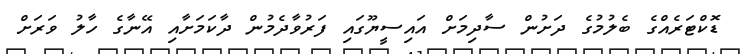
ޑޮކްޓަރެއްގެ ބެލުމުގެ ދަށުން ސާދިމަށް އައިސީޔޫގައި ފަރުވާދެމުން ދާކަމަށާއި އޭނާގެ ހާލު ވަރަށް